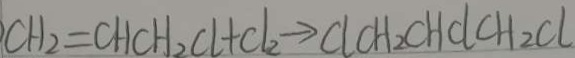
C H _ { 2 } = C H C H _ { 2 } C l + C l _ { 2 } \rightarrow C l C H _ { 2 } C H C l C H _ { 2 } C l